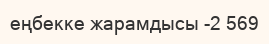
еңбекке жарамдысы -2 569